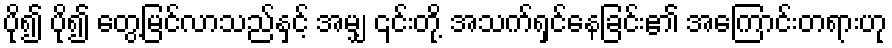
ပို၍ ပို၍ တွေ့မြင်လာသည်နှင့် အမျှ ၎င်းတို့ အသက်ရှင်နေခြင်း၏ အကြောင်းတရားဟု